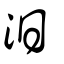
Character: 汨